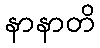
နာနာတိ